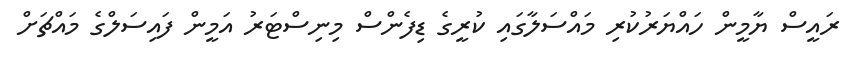
ރައީސް ޔާމީން ހައްޔަރުކުރި މައްސަލާގައި ކުރީގެ ޑިފެންސް މިނިސްޓަރު އަމީން ފައިސަލްގެ މައްޗަށް